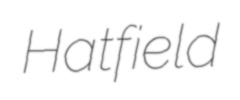
Hatfield